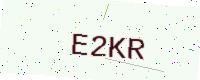
Text: E2KR